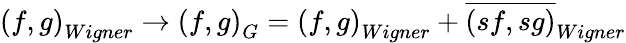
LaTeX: \left(f,g\right)_{Wigner}\rightarrow\left(f,g\right)_{G}=\left(f,g\right)_{Wigner}+\overline{{{\left(sf,sg\right)}}}_{Wigner}